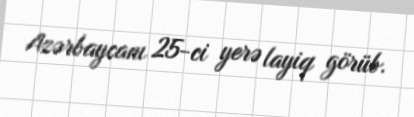
Azərbaycanı 25-ci yerə layiq görüb.